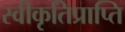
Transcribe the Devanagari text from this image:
स्वीकृतिप्राप्ति